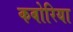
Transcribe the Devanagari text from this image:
कबोरिया